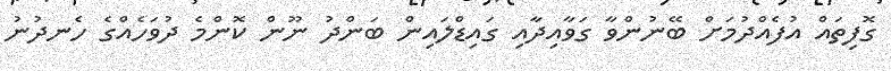
ގޮފިތައް އުފެއްދުމަށް ބޭނުންވާ ގަވާއިދާއި ގައިޑްލައިން ބަންދު ނޫން ކޮންމެ ދުވަހެއްގެ ހެނދުނު